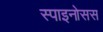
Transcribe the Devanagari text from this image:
स्पाइनोसस